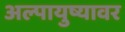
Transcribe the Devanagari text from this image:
अल्पायुष्यावर